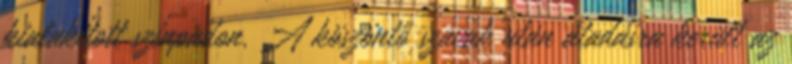
kialakított színpadon. A köszöntő szavak után átadásra került az